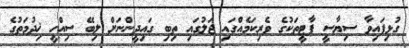
ގުޅިފައިވާ ސިޔާސީ ޕާޓީތަކުގެ ވެރިކަމެއްގައި ޖަލުގައި ތިބި ގައިދީންނަށް ލިބޭ ސިއްހީ ޚިދުމަތުގެ